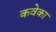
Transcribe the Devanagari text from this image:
कवेका